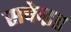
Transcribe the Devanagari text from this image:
सफेइड